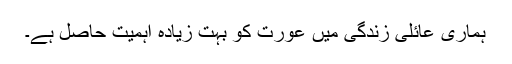
ہماری عائلی زندگی میں عورت کو بہت زیادہ اہمیت حاصل ہے۔